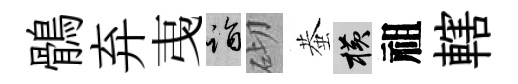
鶻弃𢎯诣砌蛬横祖轄